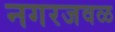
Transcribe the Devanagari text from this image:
नगरजवळ